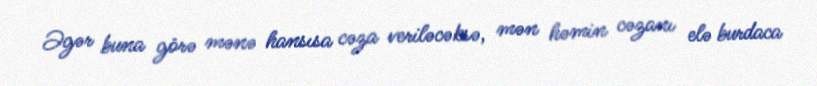
Əgər buna görə mənə hansısa cəza veriləcəksə, mən həmin cəzanı elə burdaca